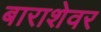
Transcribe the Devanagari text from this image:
बाराशेवर